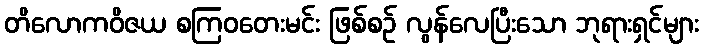
တိလောကဝိဇယ စကြဝတေးမင်း ဖြစ်စဉ် လွန်လေပြီးသော ဘုရားရှင်များ